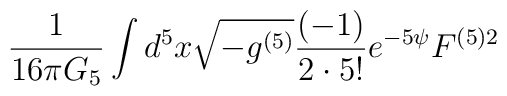
\frac{1}{16 \pi G_5} \int d^5x \sqrt{-g^{(5)}}  \frac{(-1)}{2 \cdot 5!} e^{-5\psi}F^{(5)2}